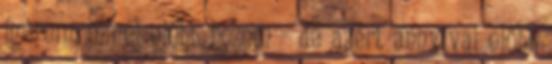
ígérem, minél előbb hozom - de azért annyival előbb